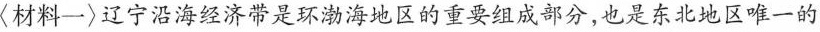
〈材料一〉辽宁沿海经济带是环渤海地区的重要组成部分，也是东北地区唯一的